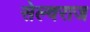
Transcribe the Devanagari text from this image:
सेल्वराज